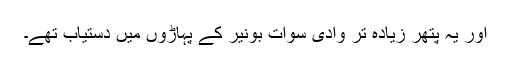
اور یہ پتھر زیادہ تر وادی سوات بونیر کے پہاڑوں میں دستیاب تھے۔